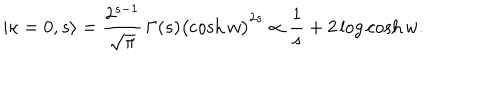
| \kappa = 0 , s \rangle = \frac { 2 ^ { s - 1 } } { \sqrt { \pi } } \, \Gamma ( s ) \bigl ( \cosh w \bigr ) ^ { 2 s } \propto \frac { 1 } { s } + 2 \log \cosh w .